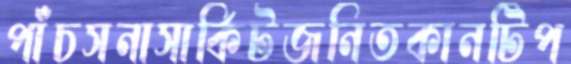
পাঁচসনাসার্কিটজনিতকানটিপ